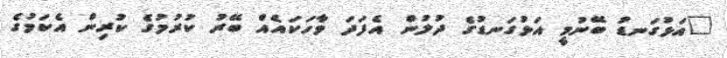
"އަޅުގަނޑު ބޭނުމީ އަޅުގަނޑުގެ ދުލުން އެފަދަ ވާހަކައެއް ބޭރު ކުރުމުގެ ކުރިން އެކަމުގެ